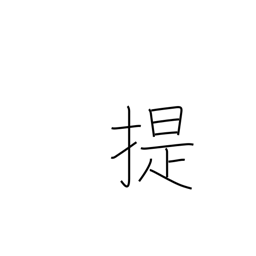
Meaning: take along